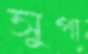
সুপা